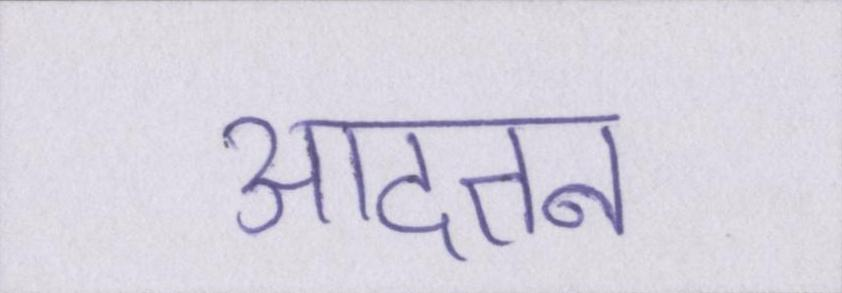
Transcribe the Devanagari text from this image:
आदतन